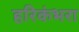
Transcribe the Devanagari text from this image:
हरिकंभरा